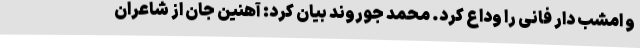
و امشب دار فانی را وداع کرد. محمد جوروند بیان کرد: آهنین جان از شاعران